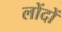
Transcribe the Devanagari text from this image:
लोंदों